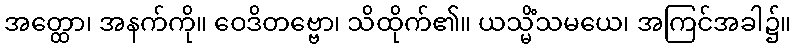
အတ္ထော၊ အနက်ကို။ ဝေဒိတဗ္ဗော၊ သိထိုက်၏။ ယသ္မိံသမယေ၊ အကြင်အခါ၌။